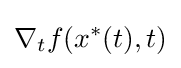
\nabla _{t}f(x^{\ast }(t),t)